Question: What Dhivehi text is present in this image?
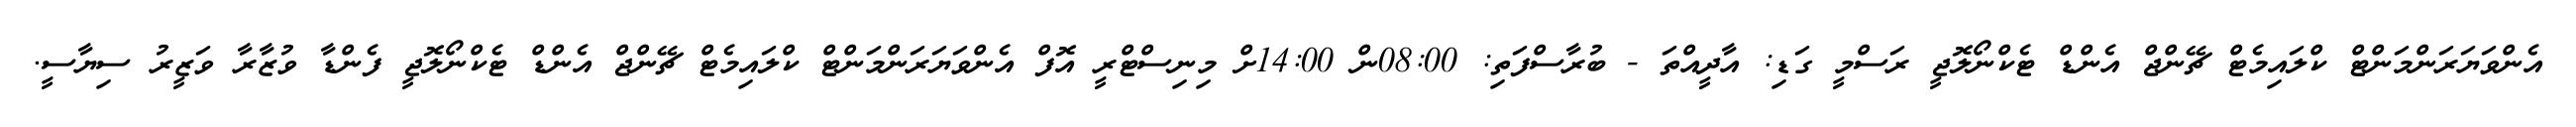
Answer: އެންވަޔަރަންމަންޓް ކްލައިމެޓް ޗޭންޖް އެންޑް ޓެކްނޯލޮޖީ ރަސްމީ ގަޑި: އާދީއްތަ - ބުރާސްފަތި: 08:00ން 14:00ށް މިނިސްޓްރީ އޮފް އެންވަޔަރަންމަންޓް ކްލައިމެޓް ޗޭންޖް އެންޑް ޓެކްނޯލޮޖީ ފެންޑާ ވުޒާރާ ވަޒީރު ސިޔާސީ.